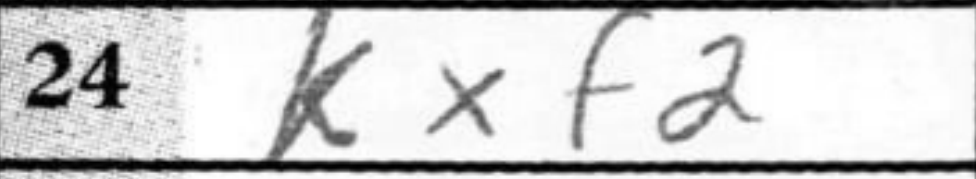
Transcription: Kxf2